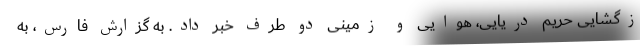
زگشایی حریم دریایی، هوایی و زمینی دو طرف خبر داد. به گزارش فارس، به